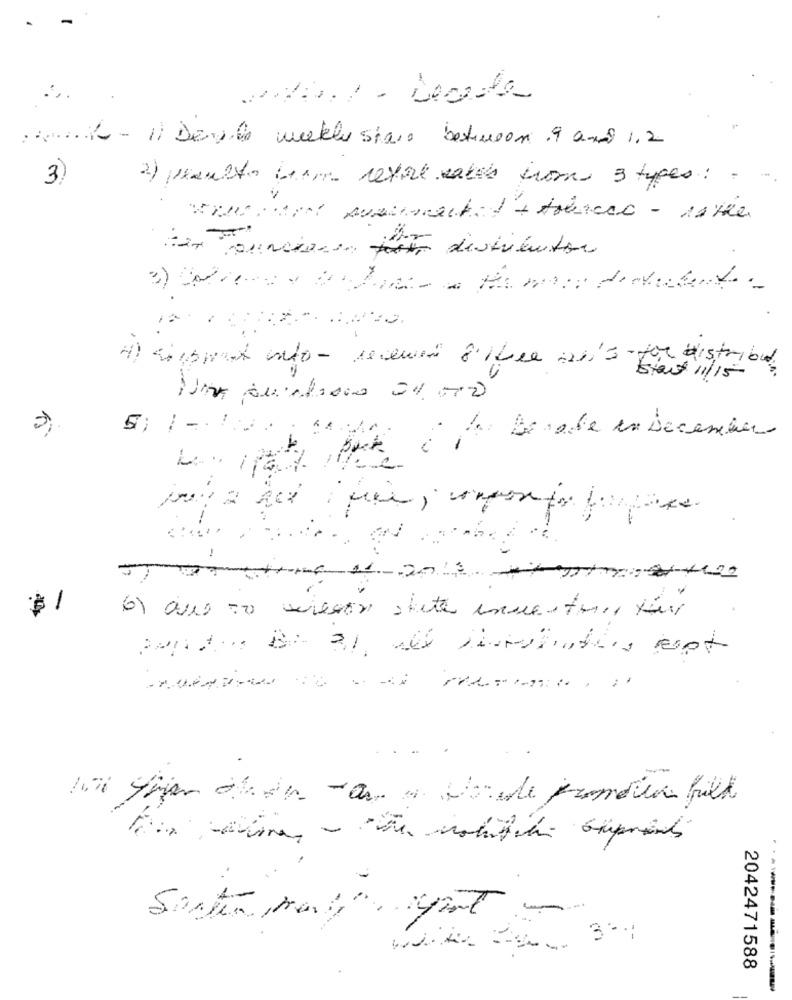
. .... ( - 1) Devils mekle stano between .9 and 1.2
3)
2) preubto term revel satis from 3 types : ..
tex Touncios fuite distributor
Siisport anto- revenir 8'I bre an's-for distribul
Braid 11/15 -
Elaborate en Decennier
withme 11 2019 tratta
$1
(6) aus to mieson state inventeur für
wi Gran d'eden -as ". Hanede promoten fill
2042471588